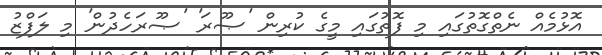
އޮޅުމެއް ނެތްގޮތުގައި މި ފޮތުގައި މީގެ ކުރިން 'ޞޫރަ' 'ޞޫރަހެދުން' މި ލަފްޒު